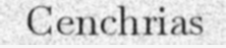
Cenchrias